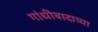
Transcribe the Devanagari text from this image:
गांधीवादाच्या